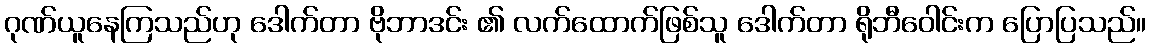
ဂုဏ်ယူနေကြသည်ဟု ဒေါက်တာ ဗိုဘာဒင်း ၏ လက်ထောက်ဖြစ်သူ ဒေါက်တာ ရိုဘီဝေါင်းက ပြောပြသည်။